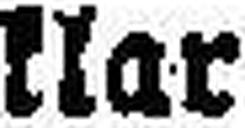
klar